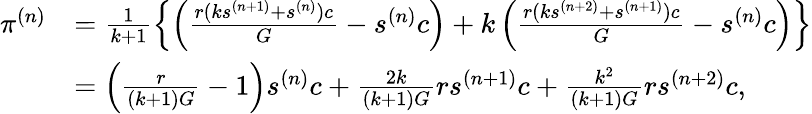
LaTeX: \begin{array}{rl}{\pi^{(n)}}&{=\frac{1}{k+1}\left\{ \left(\frac{r(ks^{(n+1)}+s^{(n)})c}{G}-s^{(n)}c\right)+k\left(\frac{r(ks^{(n+2)}+s^{(n+1)})c}{G}-s^{(n)}c\right)\right\} }\\ &{=\left(\frac{r}{(k+1)G}-1\right)s^{(n)}c+\frac{2k}{(k+1)G}rs^{(n+1)}c+\frac{k^{2}}{(k+1)G}rs^{(n+2)}c,}\end{array}